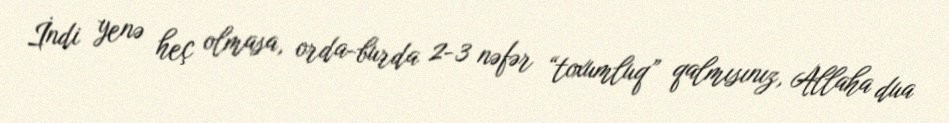
İndi yenə heç olmasa, orda-burda 2-3 nəfər “toxumluq” qalmısınız, Allaha dua